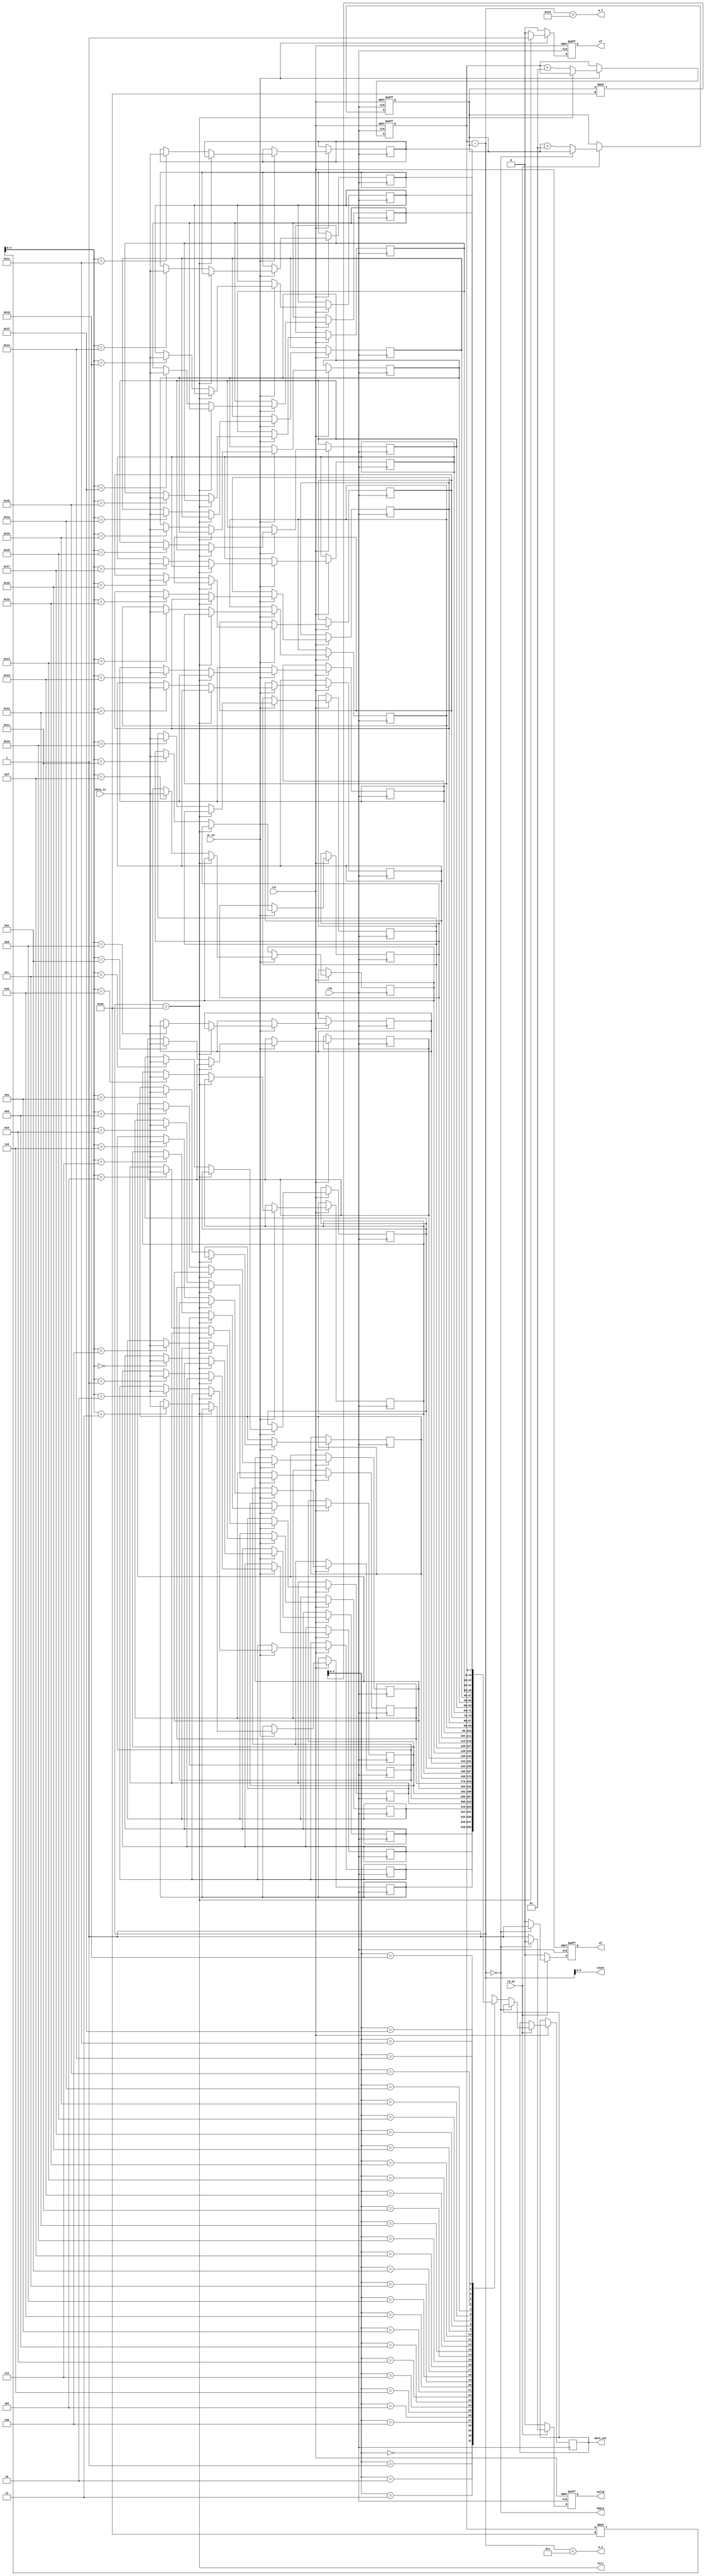
/******************************************************************************
*** 																        ***
*** ECE 526 L Experiment #9             Jose Luis Martinez, Spring, 2021    ***
***                                                                         ***
*** Experiment 9 - Parameterized Synchronous FIFO                           ***
***                                                                         ***
*******************************************************************************
***                                                                         ***
******************************************************************************/

module sync_fifo(data_in, clk, wr_en, rd_en, rst, data_out, 
	             empty, a_e, full, a_f, valid, of, uf, count);
	parameter WIDTH = 8;
	parameter DEPTH = 32;
	parameter ALMOST = 2;
	input clk, wr_en, rd_en, rst;
	input [WIDTH-1: 0]data_in;
	output reg empty, a_e, full, a_f;
	output reg of, uf, valid; 
	output reg [$clog2(DEPTH):0] count;
	output reg [WIDTH-1:0]data_out;

	integer i;

	reg [WIDTH-1:0] fifo_data [0:DEPTH-1];
	integer writecount, readcount;
	reg [$clog2(DEPTH):0] wr_ptr, rd_ptr;

	initial begin
		data_out <= {WIDTH-1{1'b0}};
		of <= 0;
		uf <= 0;
		writecount <= {$clog2(DEPTH){1'b0}};
		readcount <= {$clog2(DEPTH){1'b0}};
	end

	always@(posedge clk, negedge rst) begin
		valid <= 0;
		of <= 0;
		uf <= 0;
		if(!rst) begin
			writecount <= 0;
			readcount <= 0;
		end else begin

			if(wr_en) begin
				if(full) begin of <= 1; end
				else begin
					`ifdef FWFT
					if(empty) begin 
						data_out <= data_in; 
					end
					`endif
					fifo_data[wr_ptr] <= data_in;
					writecount <= writecount + 1; 
				end
			end

			if(rd_en) begin
				if(empty) begin uf <= 1; end
				else begin
					valid <= 1;
					data_out <= fifo_data[rd_ptr];
					readcount <= readcount + 1;
				end
			end
		end
	end

	always@(readcount, writecount) begin
		wr_ptr <= writecount%DEPTH;
		rd_ptr <= readcount%DEPTH;

		full <= (writecount - readcount) == DEPTH;
		empty <= (writecount - readcount) == 0;
		a_f <= (writecount - readcount) > DEPTH - ALMOST - 1;
		a_e <= (writecount - readcount) < ALMOST + 1;
		count <= writecount - readcount;
	end

endmodule